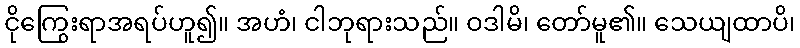
ငိုကြွေးရာအရပ်ဟူ၍။ အဟံ၊ ငါဘုရားသည်။ ဝဒါမိ၊ တော်မူ၏။ သေယျထာပိ၊